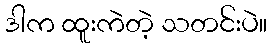
ဒါက ထူးကဲတဲ့ သတင်းပဲ။